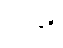
ပုဂံကို